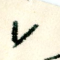
٧